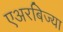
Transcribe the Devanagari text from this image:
एअरबिज्या